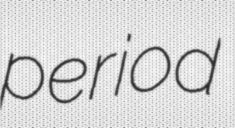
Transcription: period